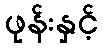
ဖုန်းနှင့်